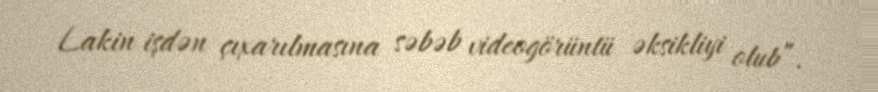
Lakin işdən çıxarılmasına səbəb videogörüntü əksikliyi olub”.